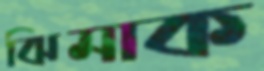
ঝিমাক